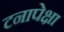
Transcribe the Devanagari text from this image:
टनापेक्षा